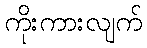
ကိုးကားလျက်